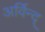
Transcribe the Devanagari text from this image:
अर्विन्द्